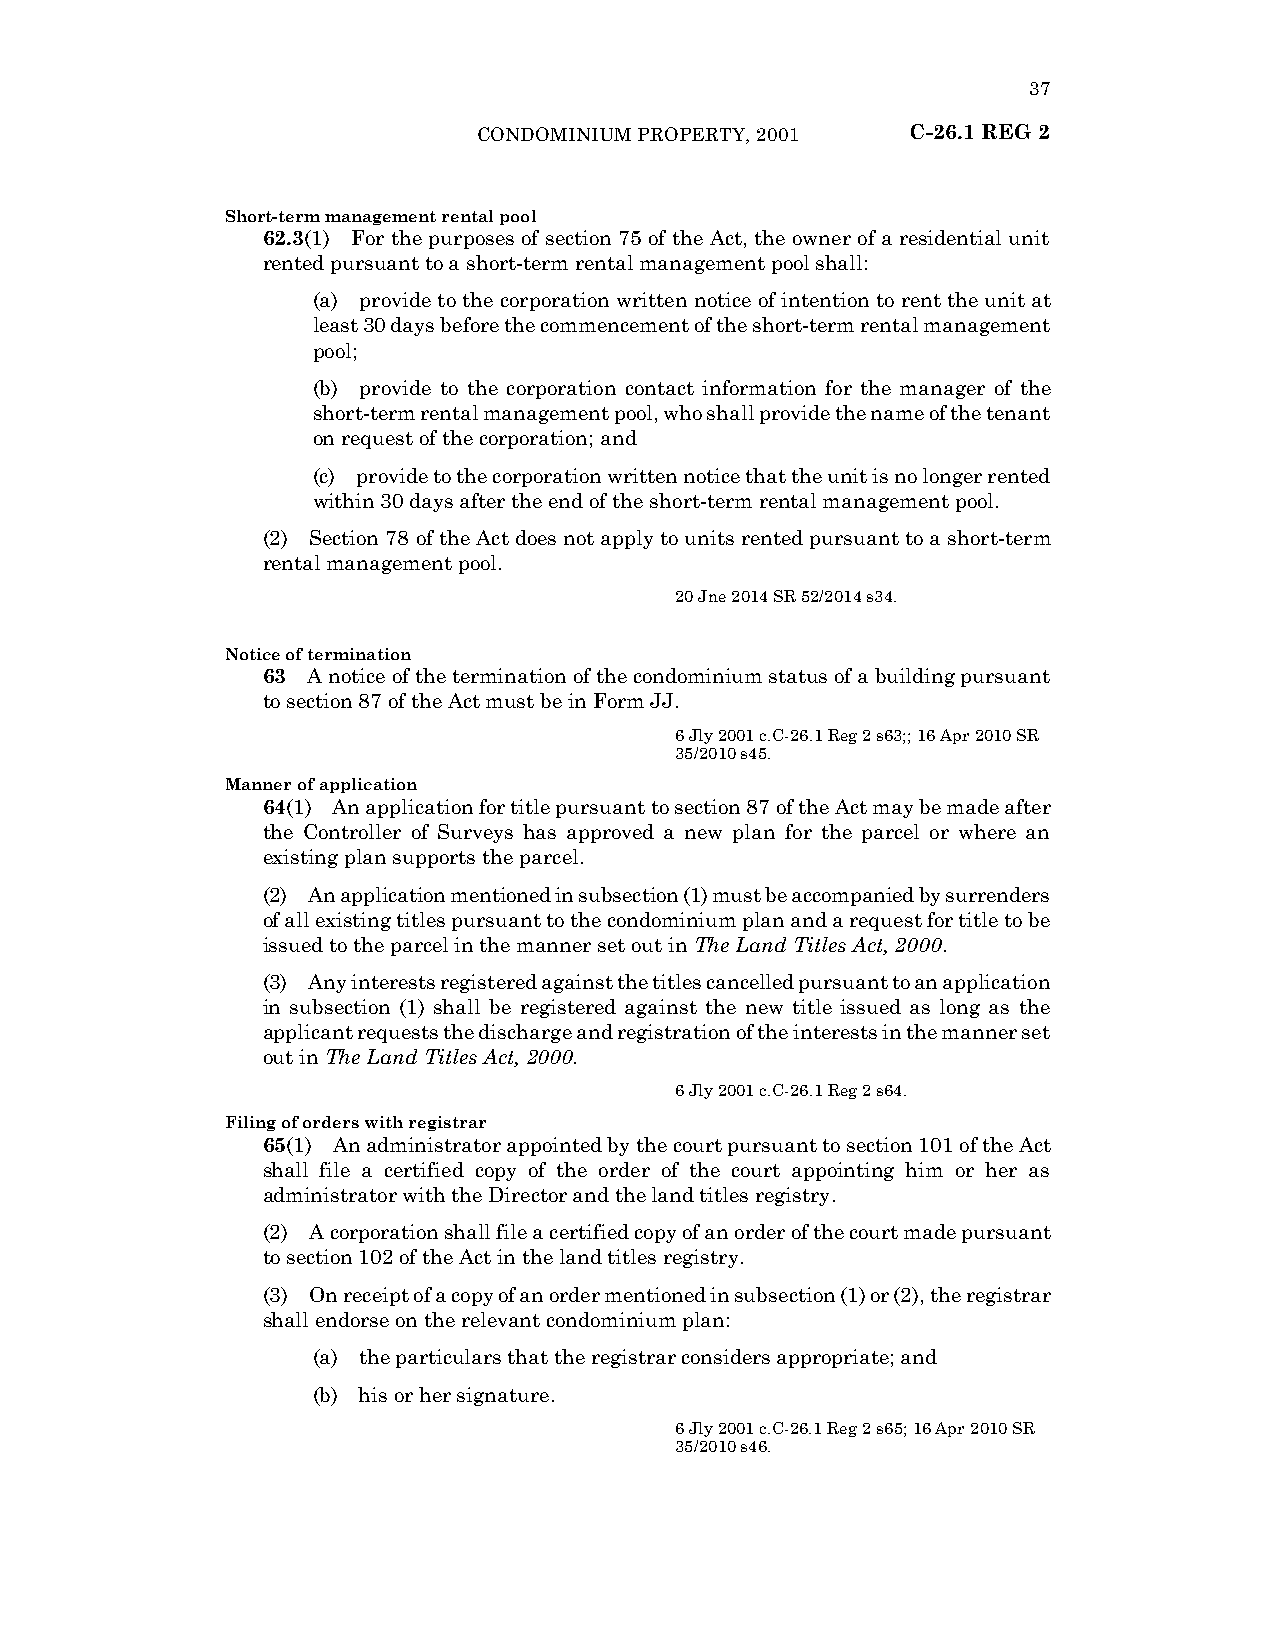
37
 CONDOMINIUM PROPERTY, 2001  C-26.1 REG 2
 Short-term management rental pool
 62.3(1) For the purposes of section 75 of the Act, the owner of a residential unit
 rented pursuant to a short-term rental management pool shall:
 (a) provide to the corporation written notice of intention to rent the unit at
 least 30 days before the commencement of the short-term rental management
 pool;
 (b) provide to the corporation contact information for the manager of the
 short-term rental management pool, who shall provide the name of the tenant
 on request of the corporation; and
 (c) provide to the corporation written notice that the unit is no longer rented
 within 30 days after the end of the short-term rental management pool.
 (2) Section 78 of the Act does not apply to units rented pursuant to a short-term
 rental management pool.
 20 Jne 2014 SR 52/2014 s34.
 Notice of termination
 63 A notice of the termination of the condominium status of a building pursuant
 to section 87 of the Act must be in Form JJ.
 6 Jly 2001 c.C-26.1 Reg 2 s63;; 16 Apr 2010 SR
 35/2010 s45.
 Manner of application
 64(1) An application for title pursuant to section 87 of the Act may be made after
 the Controller of Surveys has approved a new plan for the parcel or where an
 existing plan supports the parcel.
 (2) An application mentioned in subsection (1) must be accompanied by surrenders
 of all existing titles pursuant to the condominium plan and a request for title to be
 issued to the parcel in the manner set out in The Land Titles Act, 2000.
 (3) Any interests registered against the titles cancelled pursuant to an application
 in subsection (1) shall be registered against the new title issued as long as the
 applicant requests the discharge and registration of the interests in the manner set
 out in The Land Titles Act, 2000.
 6 Jly 2001 c.C-26.1 Reg 2 s64.
 Filing of orders with registrar
 65(1) An administrator appointed by the court pursuant to section 101 of the Act
 shall file a certified copy of the order of the court appointing him or her as
 administrator with the Director and the land titles registry.
 (2) A corporation shall file a certified copy of an order of the court made pursuant
 to section 102 of the Act in the land titles registry.
 (3) On receipt of a copy of an order mentioned in subsection (1) or (2), the registrar
 shall endorse on the relevant condominium plan:
 (a) the particulars that the registrar considers appropriate; and
 (b) his or her signature.
 6 Jly 2001 c.C-26.1 Reg 2 s65; 16 Apr 2010 SR
 35/2010 s46.